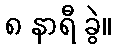
၈ နာရီ ခွဲ။